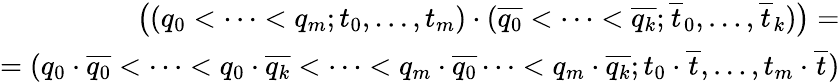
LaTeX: \begin{array}{r}{\big((q_{0}<\dots<q_{m};t_{0},\dots,t_{m})\cdot(\overline{{q_{0}}}<\dots<\overline{{q_{k}}};\overline{{t}}_{0},\dots,\overline{{t}}_{k})\big)=}\\ {=(q_{0}\cdot\overline{{q_{0}}}<\dots<q_{0}\cdot\overline{{q_{k}}}<\dots<q_{m}\cdot\overline{{q_{0}}}\dots<q_{m}\cdot\overline{{q_{k}}};t_{0}\cdot\overline{{t}},\dots,t_{m}\cdot\overline{{t}})}\end{array}